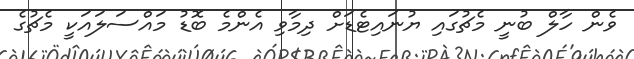
ވެން ހާލް ބުނީ މެޗުގައި ޔުނައިޓެޑަށް ދިމާވި އެންމެ ބޮޑު މައްސަލައަކީ މެޗުގެ